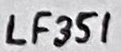
Text: LF351